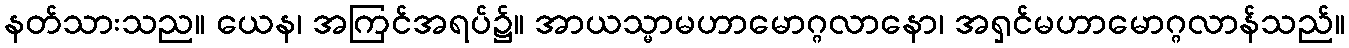
နတ်သားသည။ ယေန၊ အကြင်အရပ်၌။ အာယသ္မာမဟာမောဂ္ဂလာနော၊ အရှင်မဟာမောဂ္ဂလာန်သည်။